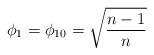
LaTeX: \begin{align*}\phi _1=\phi _{10}=\sqrt{\frac{n-1}n} \end{align*}